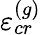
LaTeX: \varepsilon_{cr}^{\left(g\right)}